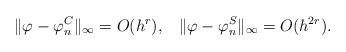
LaTeX: \begin{align*} \| \varphi - \varphi_n^C \|_\infty= O (h^r), \;\;\; \| \varphi - \varphi_n^S \|_\infty= O (h^{2 r}).\end{align*}